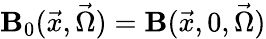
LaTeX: \mathbf{B}_{0}(\vec{{x}},\vec{{\Omega}})=\mathbf{B}(\vec{{x}},0,\vec{{\Omega}})